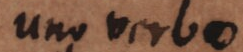
uno verbo